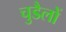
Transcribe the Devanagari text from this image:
चुडैलों